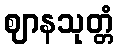
ဈာနသုတ္တံ